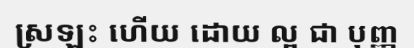
ស្រឡះ ហើយ ដោយ ល្អ ជា បុញ្ញ